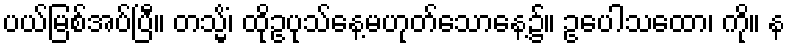
ပယ်မြစ်အပ်ပြီ။ တသ္မိံ၊ ထိုဥပုသ်နေ့မဟုတ်သောနေ့၌။ ဥပေါသထော၊ ကို။ န